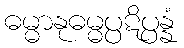
ဓမ္မာနုဓမ္မပ္ပဋိပ္ပန္နံ